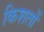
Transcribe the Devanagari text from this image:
किशतों